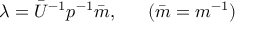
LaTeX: \lambda = \bar { U } ^ { - 1 } p ^ { - 1 } \bar { m } , ~ ~ ~ ~ ~ ( \bar { m } = m ^ { - 1 } )